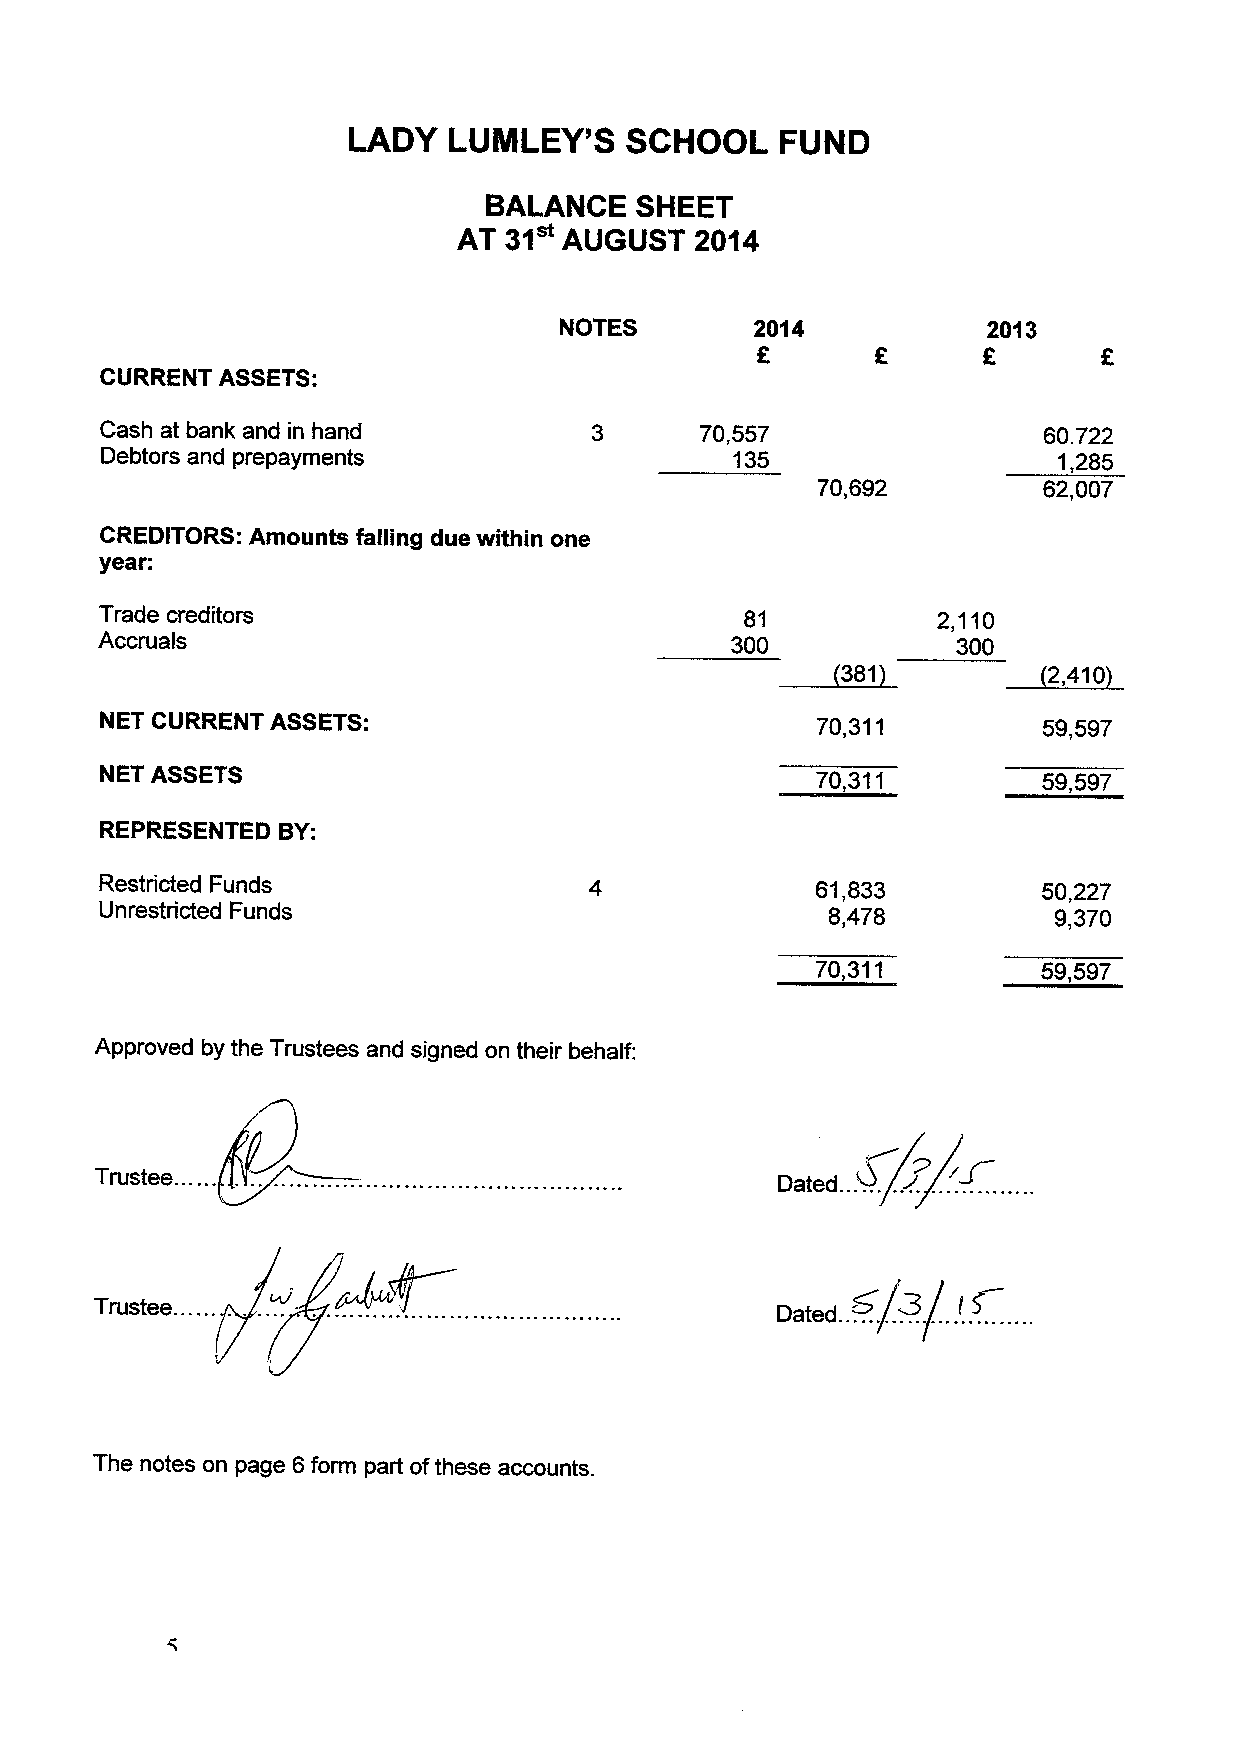
LADY   LUIILEY'S  SCHOOL     FUND
 BALANCE   SHEET
 AT 31  AUGUST   2014
 NOTES        2014           2013
 CURRENT ASSETS:
 Cash at bank and in hand               70,557                 60.722
 Debtors and prepayments                  135                   1,285
 70,692         62,007
 CREDITORS: Amounts falling due within one
 year:
 Trade creditors                           81           2,110
 Accruals                                  300            300
 ~381          ~2,
 410
 NET CURRENT ASSETS:                            70,311         59,597
 NET ASSETS                                     70,311         59,597
 REPRESENTED BY:
 Restricted Funds                               61,833         50,227
 Unrestricted Funds                              8,478          9,370
 70,311         59,597
 Approved by the Trustees and signed on their behalf:
 ~
 Trustee. ...                                 Dated. ..~. ..& .... ....
 +       +.
 +
 Trustee                                      Dated. . .. ...3 . ...
 The notes on page 6form part ofthese accounts.